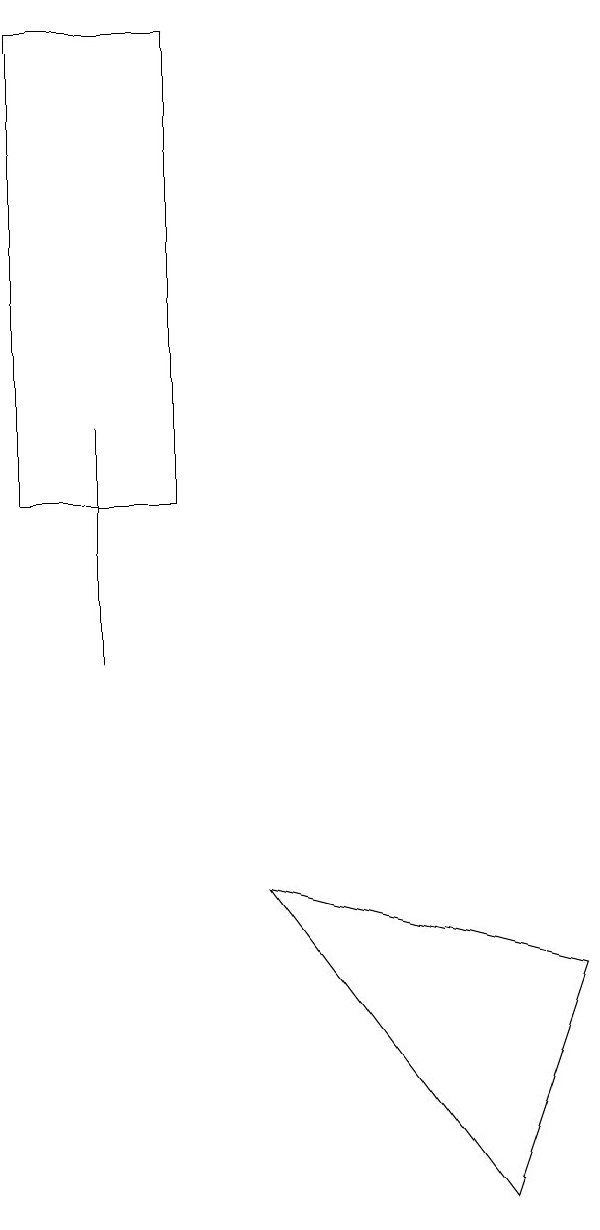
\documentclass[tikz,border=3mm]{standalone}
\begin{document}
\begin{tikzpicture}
\draw (3,12) rectangle (1,18);
\draw (2,13) rectangle (2,10);
\draw (7,3) -- (4,7) -- (8,6) -- cycle;
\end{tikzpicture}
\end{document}